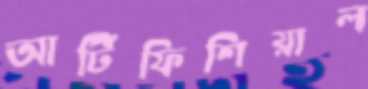
আর্টিফিশিয়াল